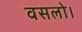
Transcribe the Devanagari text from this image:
वसलो।